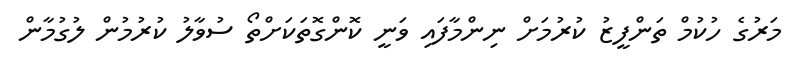
މަރުގެ ހުކުމް ތަންފީޒު ކުރުމަށް ނިންމާފައި ވަނީ ކޮންގޮތަކަށްތޯ ސުވާލު ކުރުމުން ލުގުމާން